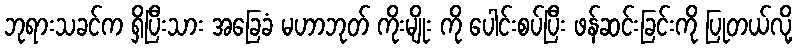
ဘုရားသခင်က ရှိပြီးသား အခြေခံ မဟာဘုတ် ကိုးမျိုး ကို ပေါင်းစပ်ပြီး ဖန်ဆင်းခြင်းကို ပြုတယ်လို့